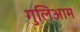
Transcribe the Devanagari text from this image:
गुलिआम